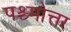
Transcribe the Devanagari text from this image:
पश्च्मोत्तर